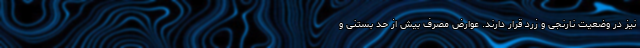
نیز در وضعیت نارنجی و زرد قرار دارند. عوارض مصرف بیش از حد بستنی و